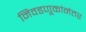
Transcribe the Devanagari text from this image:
निवडणूकांनंतर